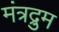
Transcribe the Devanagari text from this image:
मंत्रद्रुम